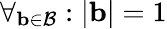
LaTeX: \forall_{\mathbf{b}\in\mathcal{B}}:|\mathbf{b}|=1